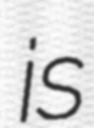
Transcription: is